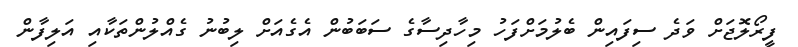
ފީރޯލޮޖަށް ވަދެ ސިފައިން ބެލުމަށްފަހު މިހާދިސާގެ ސަބަބުން އެގެއަށް ލިބުނު ގެއްލުންތަކާއި އަލިފާން